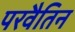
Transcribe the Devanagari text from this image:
परवैतिन